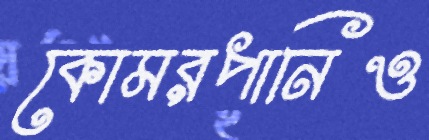
কোমরপানিও